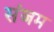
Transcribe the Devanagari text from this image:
संजम